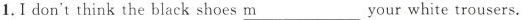
1.Idon't think the black shoes ___ your white trousers.